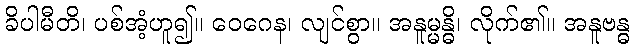
ခိပါမီတိ၊ ပစ်အံ့ဟူ၍။ ဝေဂေန၊ လျင်စွာ။ အနူမ္မန္ဓိ၊ လိုက်၏။ အနူဗန္ဓ